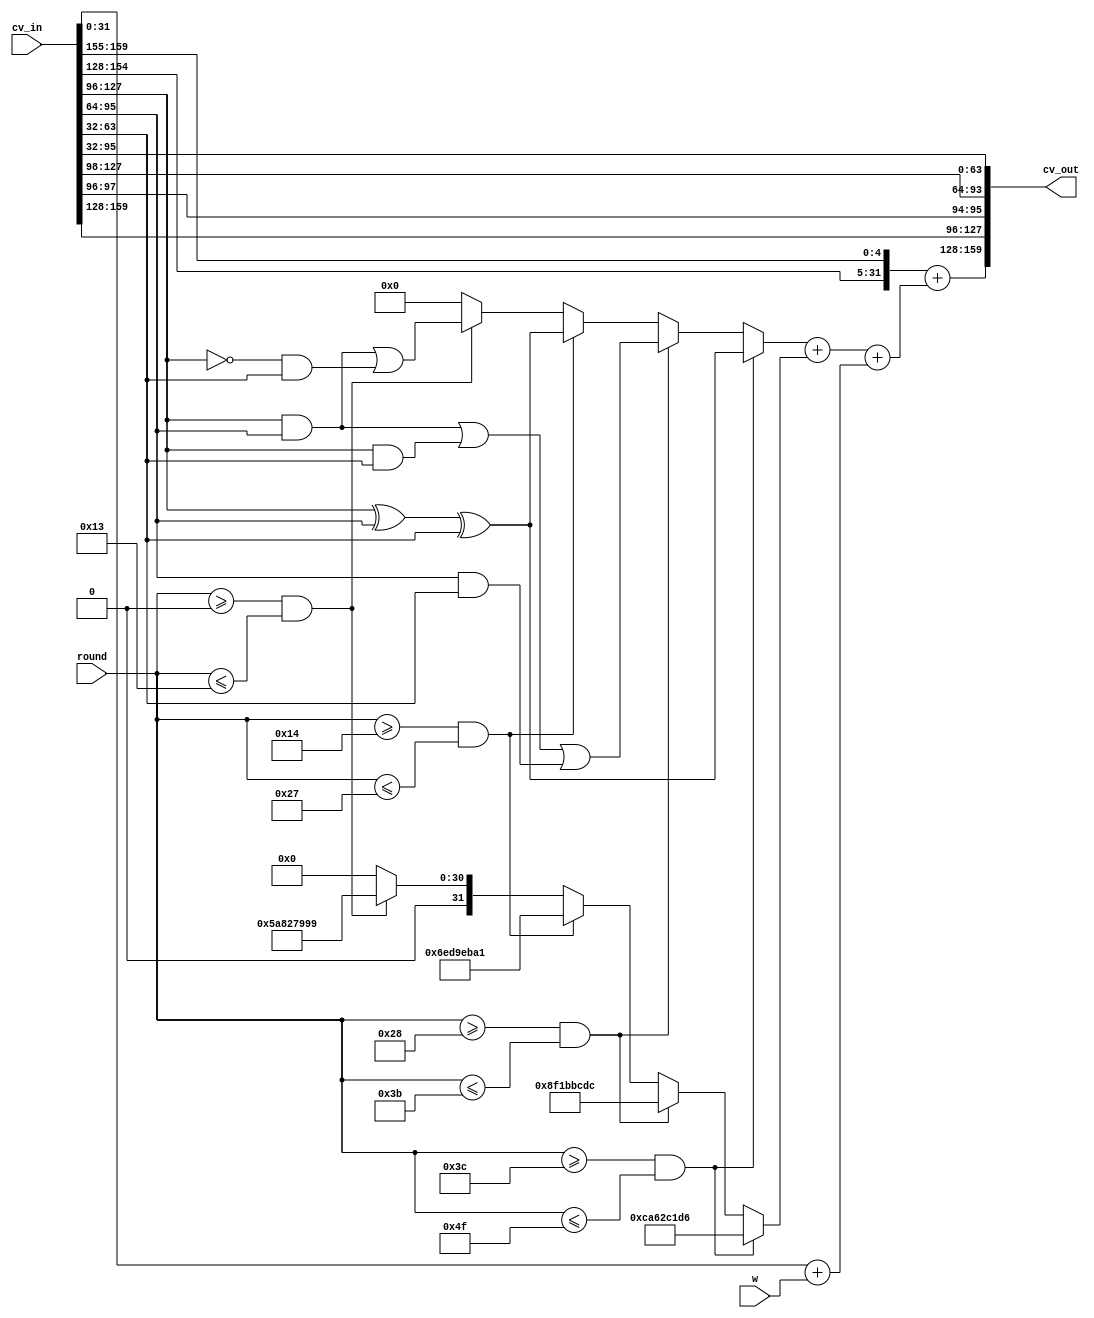
///////////////////////////////////////////////////////////////
// sha1_round.v  version 0.1           
//
// Primitive SHA1 Round
//
// Described in Stalling, page 284
//
// Paul Hartke, phartke@stanford.edu,  Copyright (c)2002
//
// The information and description contained herein is the
// property of Paul Hartke.
//
// Permission is granted for any reuse of this information
// and description as long as this copyright notice is
// preserved.  Modifications may be made as long as this
// notice is preserved.
// This code is made available "as is".  There is no warranty,
// so use it at your own risk.
// Documentation? "Use the source, Luke!"
///////////////////////////////////////////////////////////////

module sha1_round (cv_in, w, round, cv_out);

   input [159:0] cv_in;
   input [31:0]  w;
   input [6:0]   round;
   output [159:0] cv_out;

   reg [31:0]     k;
   reg [31:0]     f;
   wire [31:0]    a_shift;
   wire [31:0]    b_shift;
   wire [31:0]    add_result;
   
   wire [31:0]    a = cv_in[159:128];
   wire [31:0]    b = cv_in[127:96];
   wire [31:0]    c = cv_in[95:64];
   wire [31:0]    d = cv_in[63:32];
   wire [31:0]    e = cv_in[31:0];

   // Perhaps this should be a case statement?
   // I want it to create 4 parallel comparators...
   always @(round)
     begin
        k = 32'd0;
        if ((round >= 7'd0) && (round <= 7'd19))
          k = 32'h5A827999;
        if ((round >= 7'd20) && (round <= 7'd39))
          k = 32'h6ED9EBA1;
        if ((round >= 7'd40) && (round <= 7'd59))
          k = 32'h8F1BBCDC;
        if ((round >= 7'd60) && (round <= 7'd79))
          k = 32'hCA62C1D6;
     end // always @ (round)

   // Perhaps this should be a case statement?
   // I want it to create 4 parallel comparators...
   always @(round or b or c or d)
     begin
        f = 32'd0;
        if ((round >= 7'd0) && (round <= 7'd19))
          f = ((b & c) | (~b & d));
        if ((round >= 7'd20) && (round <= 7'd39))
          f = (b ^ c ^ d);
        if ((round >= 7'd40) && (round <= 7'd59))
          f = ((b & c) | (b & d) | (c & d));
        if ((round >= 7'd60) && (round <= 7'd79))
          f = (b ^ c ^ d);
     end // always @ (round or b or c or d)
   
   assign a_shift = {a[26:0], a[31:27]};
   assign b_shift = {b[1:0], b[31:2]};

   // Attempt to group early signals early...
   // e and w come from register outputs
   // k is 6 bit comparator & mux delay
   // f is 6 bit comparator & mux delay & computation
   // a is shift 5 from previous round
   assign add_result = (a_shift + ((f + k) + (e + w)));
   assign cv_out = {add_result, a, b_shift, c, d};

endmodule // sha1_round